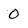
Character: 0